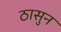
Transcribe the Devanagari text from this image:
ठासुन